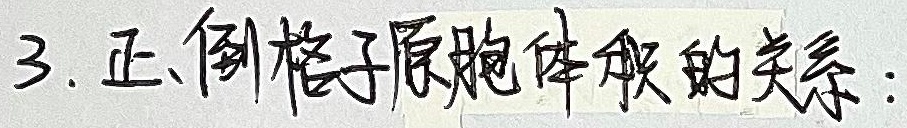
3. 正、倒格子原胞体积的关系：